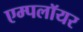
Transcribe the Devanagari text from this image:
एम्पलॉयर